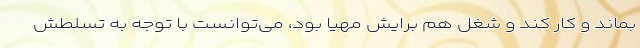
بماند و کار کند و شغل هم برایش مهیا بود، می‌توانست با توجه به تسلطش